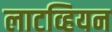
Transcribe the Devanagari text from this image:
लाटव्हियन